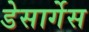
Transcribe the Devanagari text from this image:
डेसार्गेस